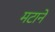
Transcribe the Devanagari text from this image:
मटाने